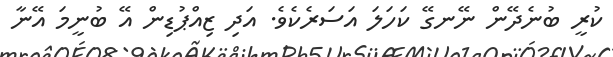
ކުރީ ބުނެދޭން ނޭނގޭ ކަހަލަ އަސަރެކެވެ. އަދި ޒިއްޕުޑިން އޭ ބުނީމަ އޭނާ